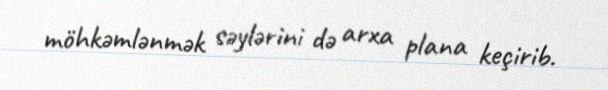
möhkəmlənmək səylərini də arxa plana keçirib.